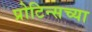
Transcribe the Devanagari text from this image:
प्रोटिन्सच्या